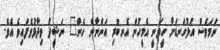
ނަމަވެސް އަޅުގަނޑަށް ހީވަނީ އެމީހުން އެނބުރި އަންނާނެ ހެން" ނަޝީދު ވިދާޅުވެފައިވެ އެވެ.